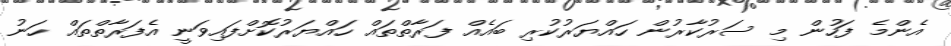
އެންމެ ފަހުން މި ސަރުކާރުން ހައްޔަރުކުރި ބައެއް ފަރާތްތައް ހައްޔަރުކޮށްފައިވަނީ އެފަރާތްތައް ހަނު